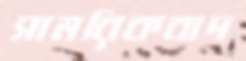
সামরিকবাদ